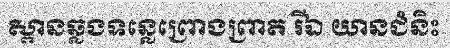
ស្ពានឆ្លងទន្លេព្រោងព្រាត រីឯ យានជំនិះ